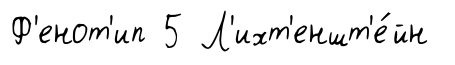
Ф'енот'ип 5 Л'ихт'еншт'е́йн